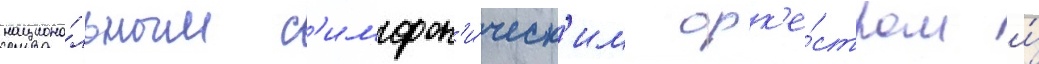
национа́льным с'имфон'и́ческ'им орк'е́стром и́